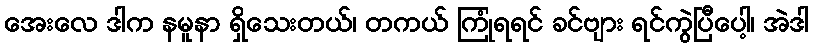
အေးလေ ဒါက နမူနာ ရှိသေးတယ်၊ တကယ် ကြုံရရင် ခင်ဗျား ရင်ကွဲပြီပေါ့၊ အဲဒါ